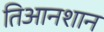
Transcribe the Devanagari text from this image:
तिआनशान